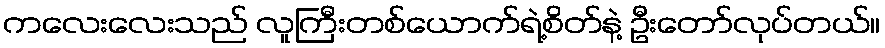
ကလေးလေးသည် လူကြီးတစ်ယောက်ရဲ့စိတ်နဲ့ ဦးတော်လုပ်တယ်။